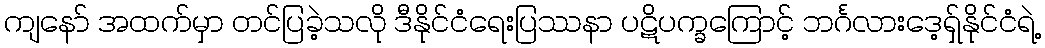
ကျနော် အထက်မှာ တင်ပြခဲ့သလို ဒီနိုင်ငံရေးပြဿနာ ပဋိပက္ခကြောင့် ဘင်္ဂလားဒေ့ရှ်နိုင်ငံရဲ့